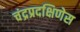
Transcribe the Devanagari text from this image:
चंद्रप्रदक्षिणेस